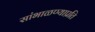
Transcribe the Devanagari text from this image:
सांभाळण्याप्रति